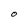
Character: O